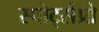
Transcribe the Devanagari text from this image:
स्पोर्ट्सप्रो